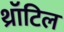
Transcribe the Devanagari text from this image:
थ्रॉटिल